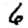
Digit: 6